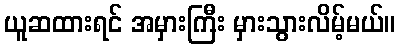
ယူဆထားရင် အမှားကြီး မှားသွားလိမ့်မယ်။